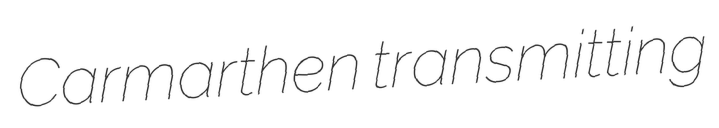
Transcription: Carmarthen transmitting